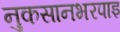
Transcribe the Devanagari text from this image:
नुकसानभरपाइ